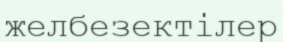
желбезектілер